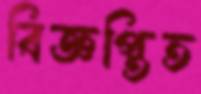
বিজ্ঞপ্তিত